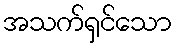
အသက်ရှင်သော